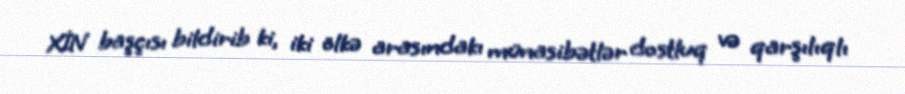
XİN başçısı bildirib ki, iki ölkə arasındakı münasibətlər dostluq və qarşılıqlı